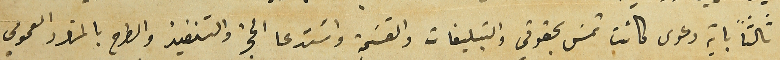
ثالثاً باية دعوى كانت تمسَ بحقوقي والتبليغات والقسَمة واسَتدعا الحجز والتنفيذ والطرح بالمزاد العمومي